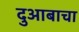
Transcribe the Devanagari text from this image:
दुआबाचा